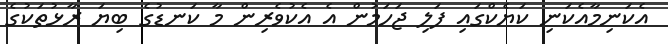
އެކަނިމާއެކަނި ކަޔެކްގައި ފަލި ޖަހަމުން އެ އެކުވެރިން މާ ކަނޑުގެ ބިޔަ ރާޅުތަކުގެ